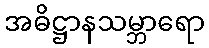
အဓိဋ္ဌာနသမ္ဘာရော